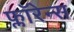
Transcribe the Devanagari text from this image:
फ्लाॅरेन्स